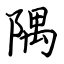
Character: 隅